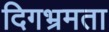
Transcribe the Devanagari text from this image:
दिगभ्रमता